Scientific memoirs by medical officers of the Army of India - Part XI,
Year: 1898
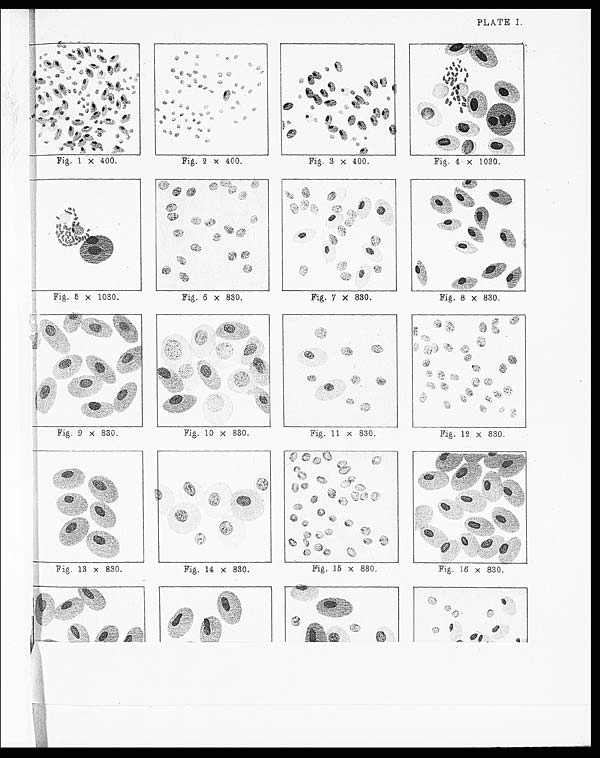
PLATE I.